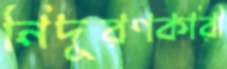
নিদূরণকারী